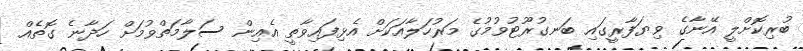
ބުރިކޮށްލީ އޭނާގެ ވިޔަފާރީގައި ބަނގުރޫޓުވުމުގެ މަރުހަލާއަކަށް އެޅިފައިވާތީ އެއިން ސަލާމަތްވުމަށް ހަދާނެ ގޮތެއް